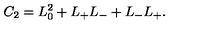
C _ { 2 } = L _ { 0 } ^ { 2 } + L _ { + } L _ { - } + L _ { - } L _ { + } .